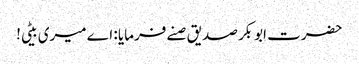
حضرت ابوبکر صدیق صنے فرمایا : اے میری بیٹی!